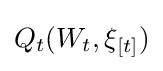
Q_{t}(W_{t},\xi _{[t]})